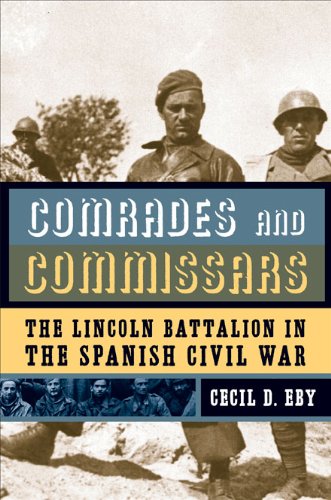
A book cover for Comrades and Commissars: The Lincoln Battalion in the Spanish Civil War; Cecil D. Eby; History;